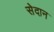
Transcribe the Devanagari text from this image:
सेदान